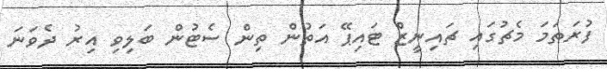
ފުރަތަމަ މެޗުގައި ޗައިނީޒް ޓައިޕޭ އަތުން ތިން ސެޓުން ބަލިވި އިރު ދެވަނަ